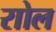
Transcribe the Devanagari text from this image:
राोल